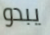
يبدو